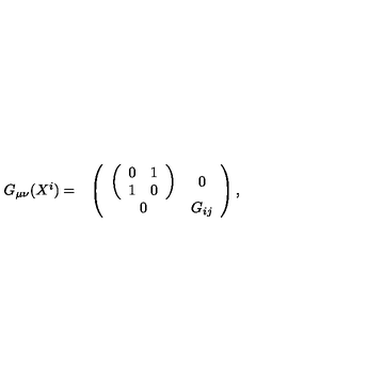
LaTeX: \begin{array} { c c } { G _ { \mu \nu } ( X ^ { i } ) = } & { \left( \begin{array} { c c } { \left( \begin{array} { c c } { 0 } & { 1 } \\ { 1 } & { 0 } \\ \end{array} \right) } & { 0 } \\ { 0 } & { G _ { i j } } \\ \end{array} \right) , } \\ \end{array}